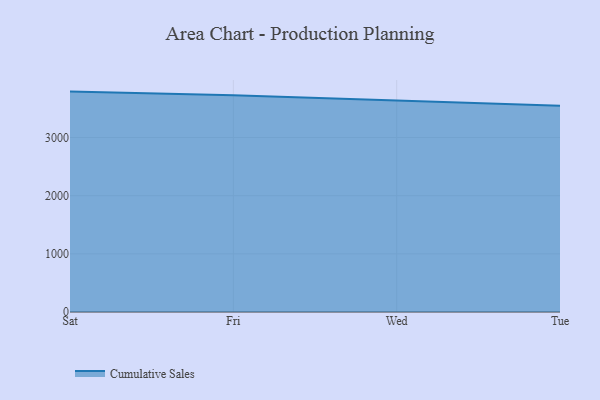
{"axis": {"x": "Day", "y": "Energy Usage (MWh)"}, "legend": ["Cumulative Sales"], "data": [{"x": "Sat", "y": 3788.9, "type": "Cumulative Sales"}, {"x": "Fri", "y": 3725.7, "type": "Cumulative Sales"}, {"x": "Wed", "y": 3637.9, "type": "Cumulative Sales"}, {"x": "Tue", "y": 3544.8, "type": "Cumulative Sales"}]}